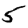
Digit: 5